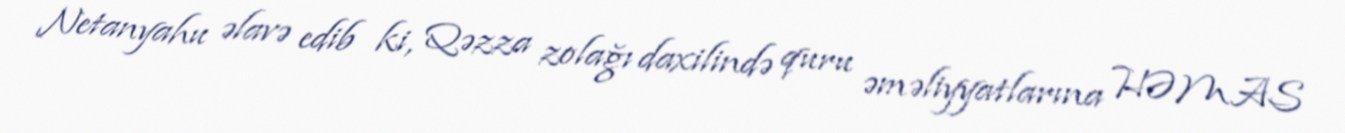
Netanyahu əlavə edib ki, Qəzza zolağı daxilində quru əməliyyatlarına HƏMAS